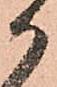
か